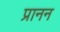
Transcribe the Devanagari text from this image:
प्रानन